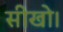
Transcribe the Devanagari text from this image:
सीखो।